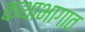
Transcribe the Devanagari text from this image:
कथाभागात